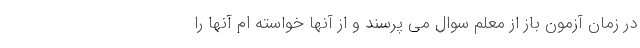
در زمان آزمون باز از معلم سوال می پرسند و از آنها خواسته ام آنها را